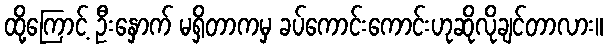
ထို့ကြောင့် ဦးနှောက် မရှိတာကမှ ခပ်ကောင်းကောင်းဟုဆိုလိုချင်တာလား။